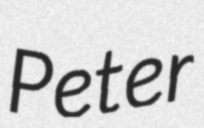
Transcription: Peter